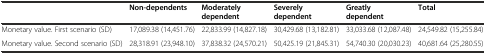
|  | Non-dependents | Moderately dependent | Severely dependent | Greatly dependent | Total |
 | --- | --- | --- | --- | --- | --- |
 | Monetary value. First scenario (SD) | 17,089.38 (14,451.76) | 22,833.99 (14,827.18) | 30,429.68 (13,182.81) | 33,033.68 (12,087.48) | 24,549.82 (15,255.84) |
 | Monetary value. Second scenario (SD) | 28,318.91 (23,948.10) | 37,838.32 (24,570.21) | 50,425.19 (21,845.31) | 54,740.30 (20,030.23) | 40,681.64 (25,280.55) |